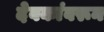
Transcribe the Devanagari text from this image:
देवकांवरून